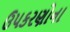
ઉપકરણોના